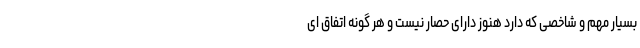
بسیار مهم و شاخصی که دارد هنوز دارای حصار نیست و هر گونه اتفاق ای